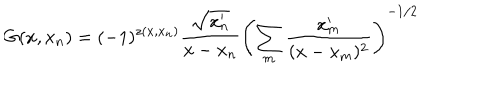
G ( x , x _ { n } ) = ( - 1 ) ^ { z ( x , x _ { n } ) } \frac { \sqrt { x _ { n } ^ { \prime } } } { x - x _ { n } } \left( \sum _ { m } \frac { x _ { m } ^ { \prime } } { ( x - x _ { m } ) ^ { 2 } } \right) ^ { - 1 / 2 }